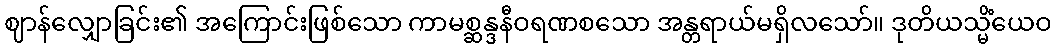
ဈာန်လျှောခြင်း၏ အကြောင်းဖြစ်သော ကာမစ္ဆန္ဒနီဝရဏစသော အန္တရာယ်မရှိလသော်။ ဒုတိယသ္မိံယေဝ